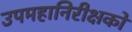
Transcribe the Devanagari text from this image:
उपमहानिरीक्षकों